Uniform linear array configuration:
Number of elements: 12
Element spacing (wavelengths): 1
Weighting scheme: blackman
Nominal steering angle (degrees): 45
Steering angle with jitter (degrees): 46.084
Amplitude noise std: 0.05
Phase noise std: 0.05

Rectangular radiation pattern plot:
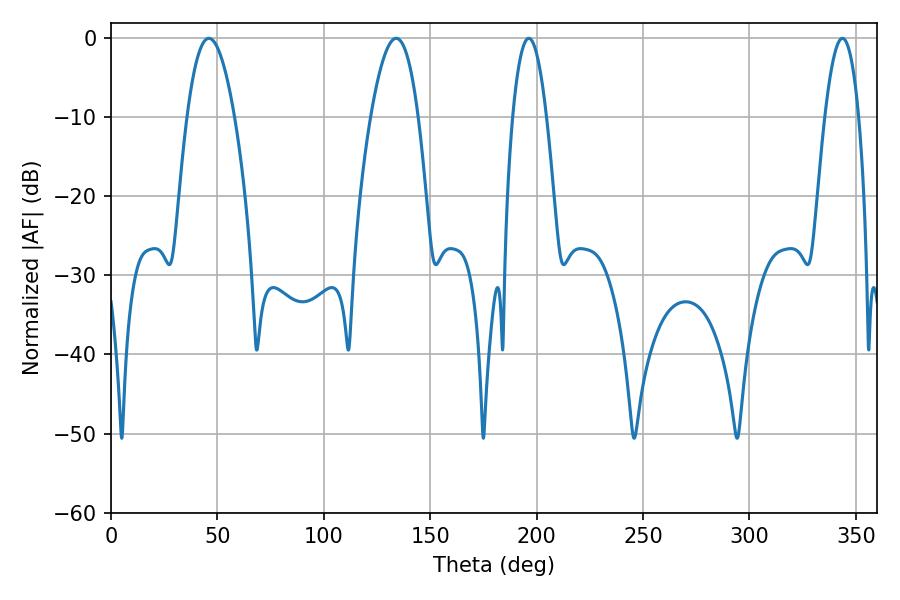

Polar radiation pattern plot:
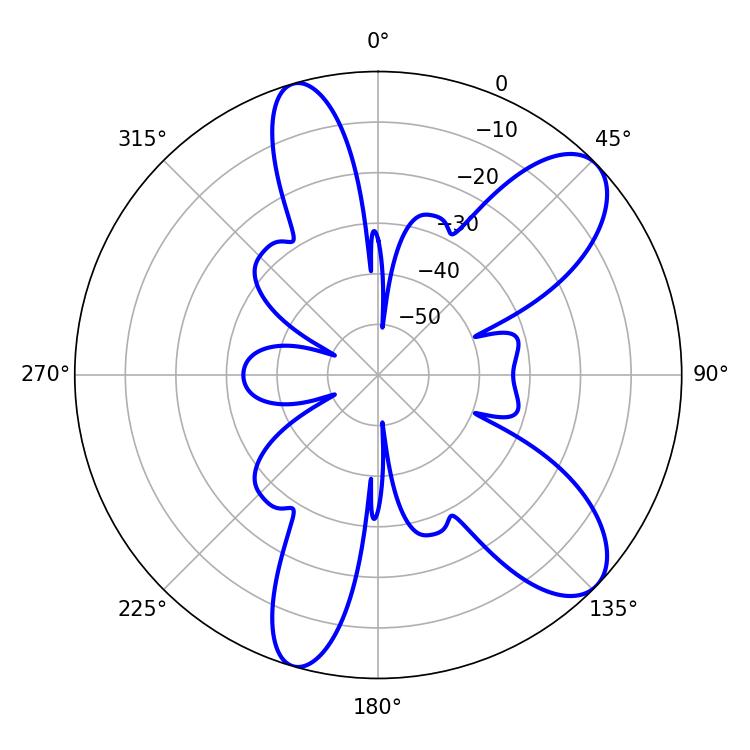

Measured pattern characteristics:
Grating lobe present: TRUE
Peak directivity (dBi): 9.249
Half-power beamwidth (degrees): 12.24
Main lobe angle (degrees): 45.9